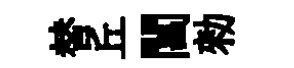
替丘閶勑